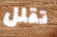
تقلل